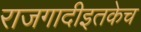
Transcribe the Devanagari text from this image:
राजगादीइतकेच